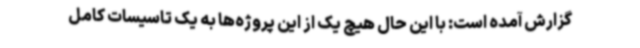
گزارش آمده است: با این حال هیچ‌ یک از این پروژه‌ها به یک تاسیسات کامل